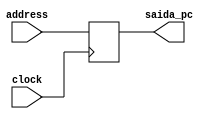
module PC(address,clock,saida_pc);

	input clock;
	input [7:0]address;  			//tamanho do salto
	output [7:0]saida_pc;	

	reg [7:0] valor;			//valor atual de PC

	assign saida_pc = valor;
	
	initial begin
		valor = 0;
	end

	always @(posedge clock) begin
		valor = address;
	end

endmodule